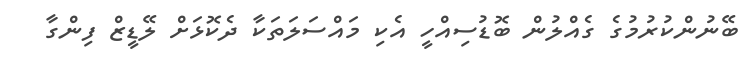
ބޭނުންކުރުމުގެ ގެއްލުން ބޮޑުސިއްހީ އެކި މައްސަލަތަކާ ދެކޮޅަށް ލޭޑީޒް ފިންގާ